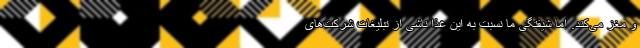
و مغز می‌کند. اما شیفتگی ما نسبت به این غذا ناشی از تبلیغات شرکت‌های